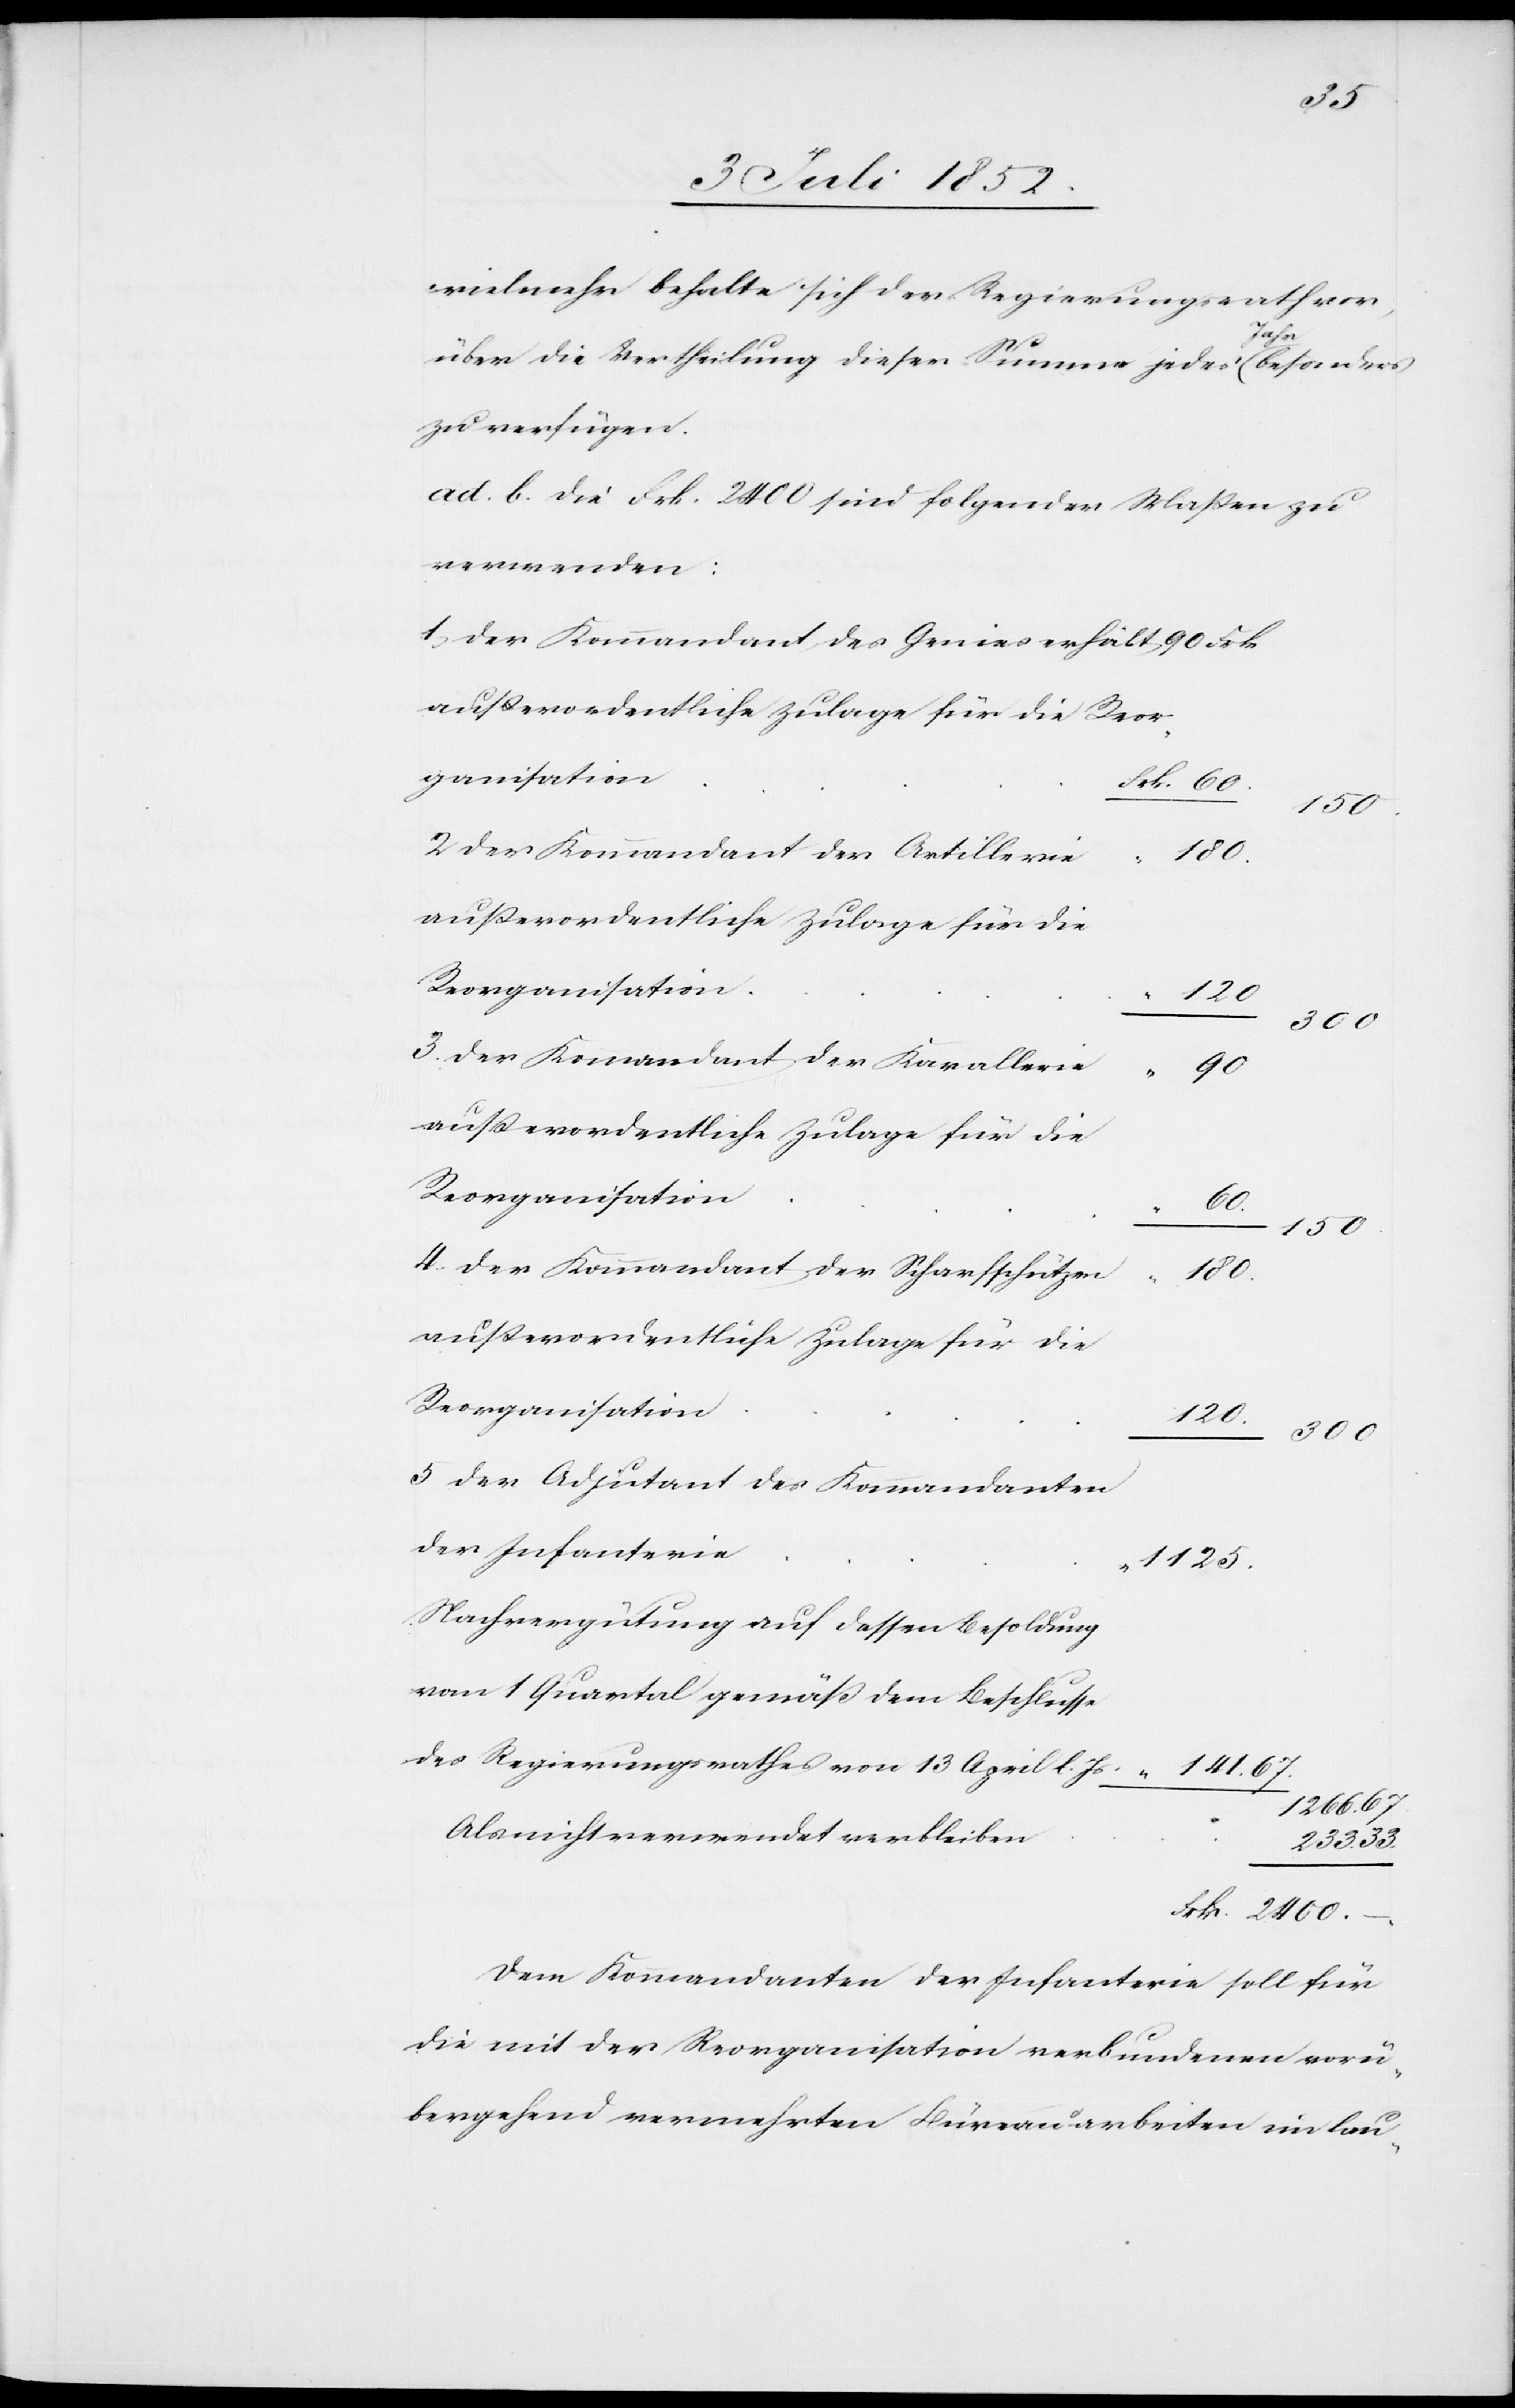
vielmehr behalte sich der Regierungsrath vor,
über die Vertheilung dieser Summe jedes Jahr besonders
zu verfügen.
ad. b. Die Frk. 2400 sind folgender Maßen zu
verwenden:
1, Der Kommandant des Genies erhält
außerordentliche Zulage für die Reor¬
ganisation
Frk. 60.
150.
2 Der Kommandant der Artillerie
180.
außerordentliche Zulage für die
Reorganisation
120.
300
3. Der Kommandant der Kavallerie
90
außerordentliche Zulage für die
Reorganisation
60.
150.
4. Der Kommandant der Scharfschützen
180.
5 Der Adjutant des Kommandanten
der Infanterie
1125.
Nachvergütung auf dessen Besoldung
vom 1 Quartal gemäß dem Beschlusse
des Regierungsrathes von 13 April l. Js.
141. 67.
1266. 67
Als nicht verwendet verbleiben
233. 33.
Frk. 2400. –.
Dem Kommandanten der Infanterie soll für
die mit der Reorganisation verbundenen vorü¬
bergehend vermehrten Büreauarbeiten im lau-